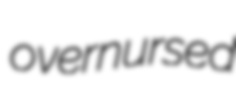
overnursed